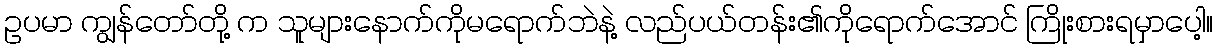
ဥပမာ ကျွန်တော်တို့ က သူများနောက်ကိုမရောက်ဘဲနဲ့ လည်ပယ်တန်း၏ကိုရောက်အောင် ကြိုးစားရမှာပေါ့။